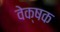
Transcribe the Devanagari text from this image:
वेक्षक